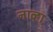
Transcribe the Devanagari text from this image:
नाव्हा